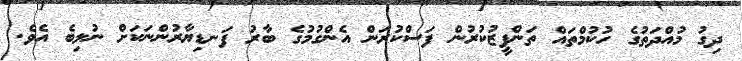
ދިގު މުއްދަތުގެ ހުކުމްތައް ތަންފީޒުކުރުން ފަސްކުރަން އެންގުމުގެ ބާރު ފަނޑިޔާރުންނަކަށް ނުލިބެ އެވެ.